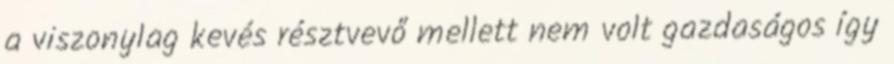
a viszonylag kevés résztvevő mellett nem volt gazdaságos így